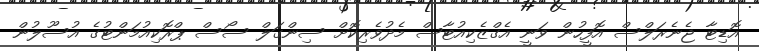
އޮޑިޓާ ޖެނެރަލްސް އޮފީހުން ވަނީ އެގްޒެކިއުޓާސް މެދުވެރިކޮށް ސިންގަލް ސޯސް ޕްރޮކިއުމަންޓުގެ އުސޫލުން